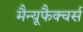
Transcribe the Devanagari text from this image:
मैन्यूफैक्चर्स